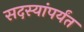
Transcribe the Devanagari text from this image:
सदस्यांपर्यंत